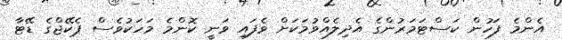
އެންމެ ފަހުން ކަސްޓަމަރުންގެ އެދިލެއްވުމަކަށް ވެފައި ވަނީ ކޮންމެ މަހަކުވެސް ޕެކޭޖްގެ ޑޭޓާ